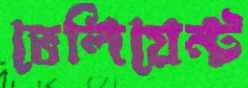
ভেলিয়েন্ট